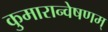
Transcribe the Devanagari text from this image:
कुमारान्वेषणम्